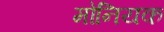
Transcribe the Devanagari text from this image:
मोनियक